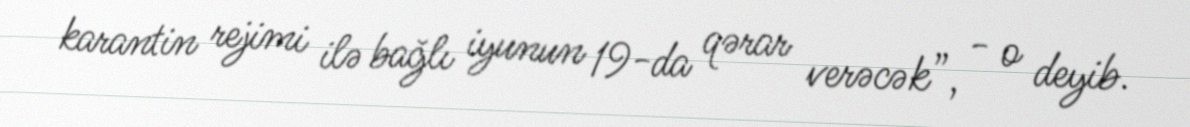
karantin rejimi ilə bağlı iyunun 19-da qərar verəcək”, - o deyib.